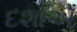
દશાએઁ